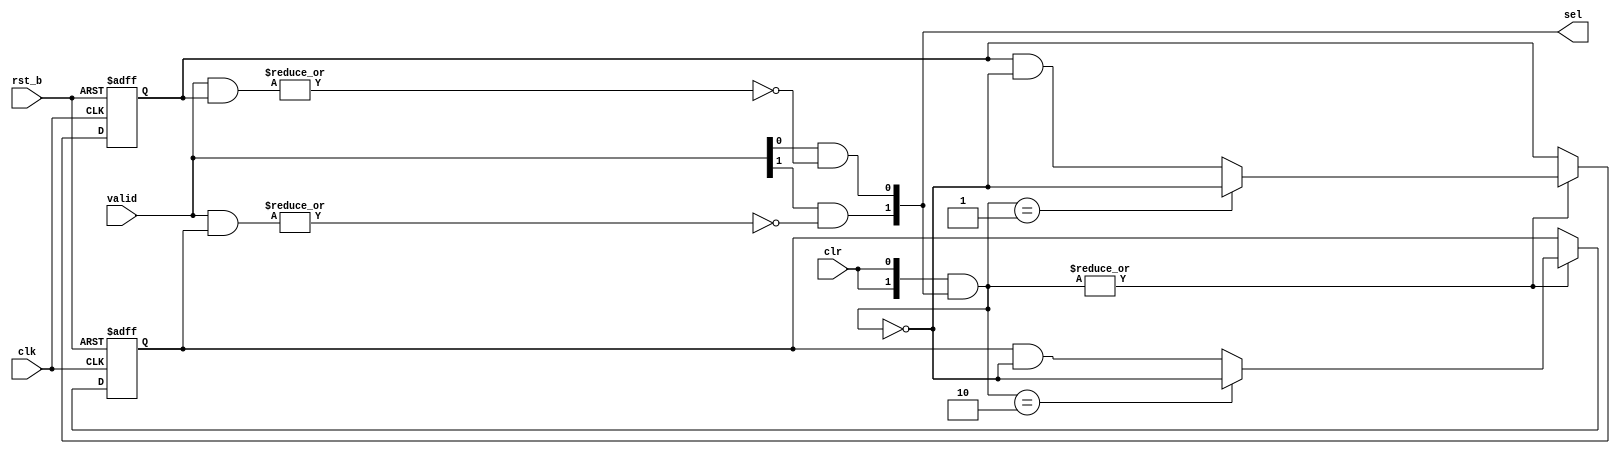
/*Copyright 2019-2021 T-Head Semiconductor Co., Ltd.

Licensed under the Apache License, Version 2.0 (the "License");
you may not use this file except in compliance with the License.
You may obtain a copy of the License at

    http://www.apache.org/licenses/LICENSE-2.0

Unless required by applicable law or agreed to in writing, software
distributed under the License is distributed on an "AS IS" BASIS,
WITHOUT WARRANTIES OR CONDITIONS OF ANY KIND, either express or implied.
See the License for the specific language governing permissions and
limitations under the License.
*/

module ct_prio(
  clk,
  rst_b,
  valid,
  clr,
  sel
);
parameter NUM =2;

input            clk;
input            rst_b;
input  [NUM-1:0] valid;
input            clr;
output [NUM-1:0] sel;

reg    [NUM-1:0] prio [NUM-1:0];
reg    [NUM-1:0] unused [NUM-1:0];
wire   [NUM-1:0] sel;
wire   [NUM-1:0] clr_bus;

assign clr_bus[NUM-1:0] = {NUM{clr}} & sel[NUM-1:0];

genvar i;
generate
for(i=0; i<NUM; i=i+1) begin:PRIO_MATRIX_GEN
always@(posedge clk or negedge rst_b)
begin
  if (!rst_b)
    {prio[i][NUM-1:0], unused[i][NUM-1:0]} <= {{NUM{1'b0}}, {NUM{1'b1}}} << i;
  else if(|clr_bus[NUM-1:0]) begin
    prio[i][NUM-1:0] <= (clr_bus[NUM-1:0] == ({{(NUM-1){1'b0}},1'b1}<<i)) 
                      ? ~clr_bus[NUM-1:0] 
                      : prio[i][NUM-1:0] &~clr_bus[NUM-1:0];
  end
end
end
endgenerate

generate
for(i=0; i<NUM; i=i+1) begin: SEL_GEN
assign sel[i] = valid[i] && !(|(valid[NUM-1:0] & prio[i][NUM-1:0]));
end
endgenerate

endmodule